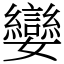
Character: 孌